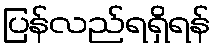
ပြန်လည်ရရှိရန်